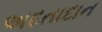
અદતાદાન